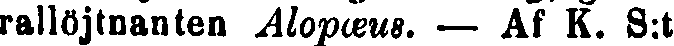
rallöjtnanten Alopæus. — Af K. S:t